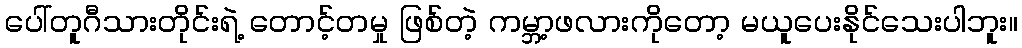
ပေါ်တူဂီသားတိုင်းရဲ့ တောင့်တမှု ဖြစ်တဲ့ ကမ္ဘာ့ဖလားကိုတော့ မယူပေးနိုင်သေးပါဘူး။